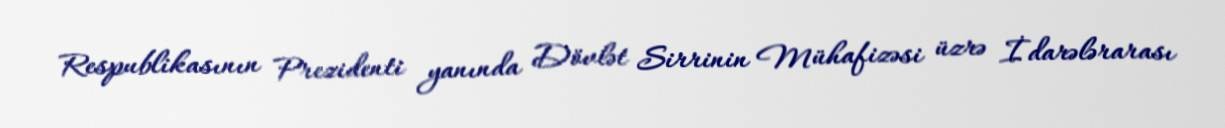
Respublikasının Prezidenti yanında Dövlət Sirrinin Mühafizəsi üzrə İdarələrarası